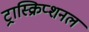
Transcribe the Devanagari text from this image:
ट्रास्क्रिप्शनल